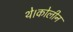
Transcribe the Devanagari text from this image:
थे।कोलीन